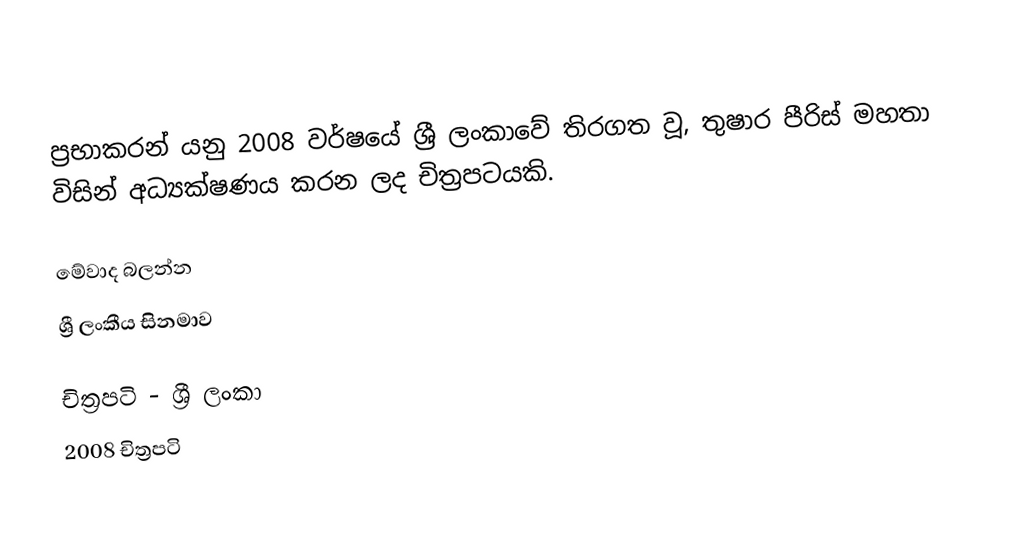
ප්‍රභාකරන් යනු 2008 වර්ෂයේ ශ්‍රී ලංකාවේ තිරගත වූ, තුෂාර පීරිස් මහතා විසින් අධ්‍යක්ෂණය කරන ලද චිත්‍රපටයකි.

මේවාද බලන්න
ශ්‍රී ලංකීය සිනමාව

චිත්‍රපටි - ශ්‍රී ලංකා
2008 චිත්‍රපටි